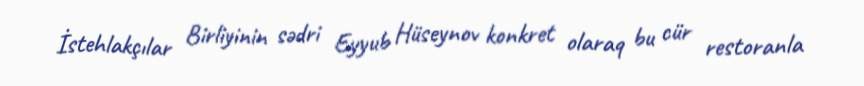
İstehlakçılar Birliyinin sədri Eyyub Hüseynov konkret olaraq bu cür restoranla